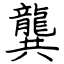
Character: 龔